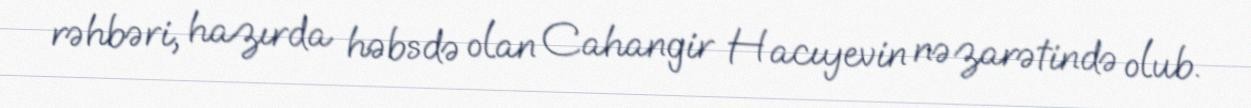
rəhbəri, hazırda həbsdə olan Cahangir Hacıyevin nəzarətində olub.